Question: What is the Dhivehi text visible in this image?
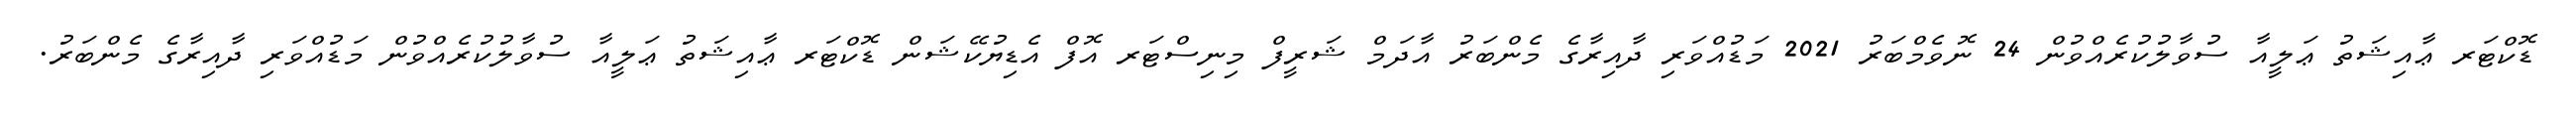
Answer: ޑޮކްޓަރ ޢާއިޝަތު ޢަލީއާ ސުވާލުކުރެއްވުން 24 ނޮވެމްބަރު 2021 މަޑުއްވަރި ދާއިރާގެ މެންބަރު އާދަމް ޝަރީފް މިނިސްޓަރ އޮފް އެޑިޔުކޭޝަން ޑޮކްޓަރ ޢާއިޝަތު ޢަލީއާ ސުވާލުކުރެއްވުން މަޑުއްވަރި ދާއިރާގެ މެންބަރު.